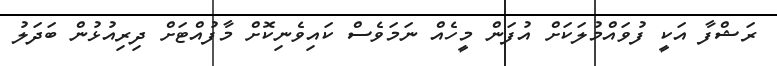
ރަޝްފާ އަކީ ފުވައްމުލަކަށް އުފަން މީހެއް ނަމަވެސް ކައިވެނިކޮށް މާފުއްޓަށް ދިރިއުޅުން ބަދަލު